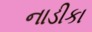
નાડીકા